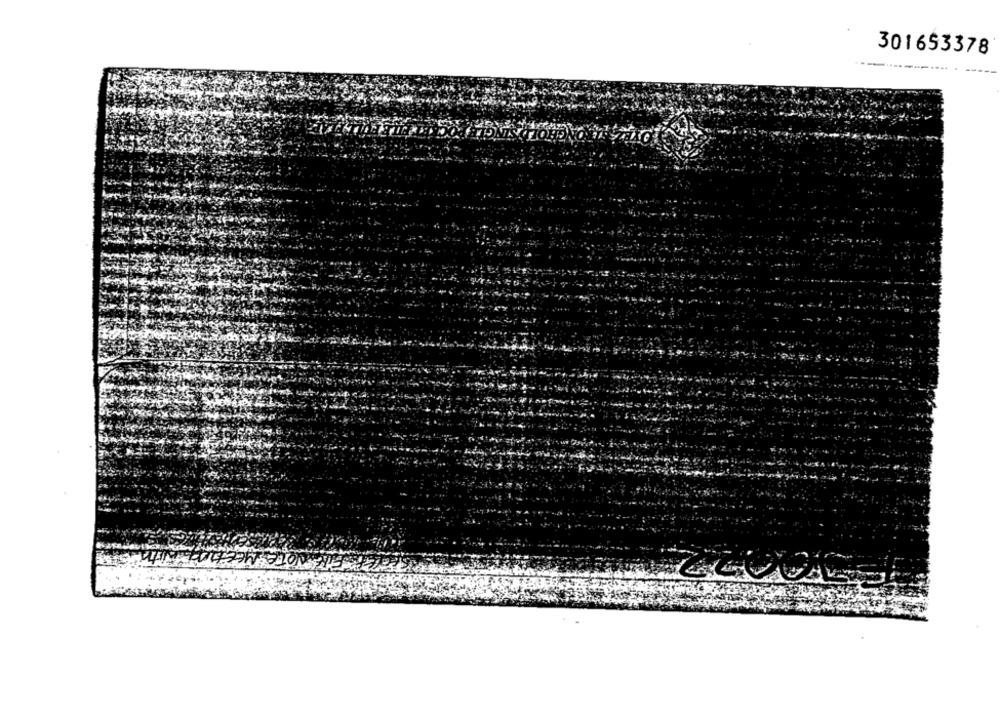
301653378